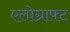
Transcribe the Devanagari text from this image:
एलोग्राफ्ट